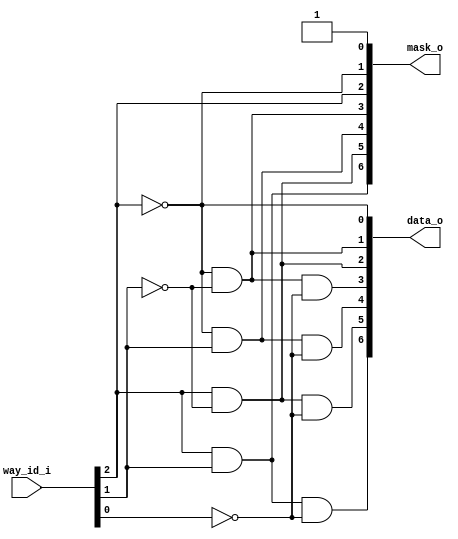
module bsg_lru_pseudo_tree_decode_ways_p8
(
  way_id_i,
  data_o,
  mask_o
);

  input [2:0] way_id_i;
  output [6:0] data_o;
  output [6:0] mask_o;
  wire [6:0] data_o,mask_o;
  wire N0,N1,N2;
  assign mask_o[0] = 1'b1;
  assign data_o[0] = 1'b1 & N0;
  assign N0 = ~way_id_i[2];
  assign mask_o[1] = 1'b1 & N0;
  assign data_o[1] = mask_o[1] & N1;
  assign N1 = ~way_id_i[1];
  assign mask_o[2] = 1'b1 & way_id_i[2];
  assign data_o[2] = mask_o[2] & N1;
  assign mask_o[3] = mask_o[1] & N1;
  assign data_o[3] = mask_o[3] & N2;
  assign N2 = ~way_id_i[0];
  assign mask_o[4] = mask_o[1] & way_id_i[1];
  assign data_o[4] = mask_o[4] & N2;
  assign mask_o[5] = mask_o[2] & N1;
  assign data_o[5] = mask_o[5] & N2;
  assign mask_o[6] = mask_o[2] & way_id_i[1];
  assign data_o[6] = mask_o[6] & N2;

endmodule